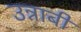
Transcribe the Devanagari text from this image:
उन्नाबी